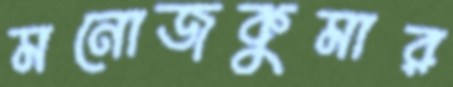
মনোজকুমার